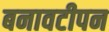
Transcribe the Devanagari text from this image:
बनावटीपन